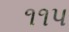
૧૧પ